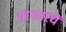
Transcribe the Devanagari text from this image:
यानंतरचें